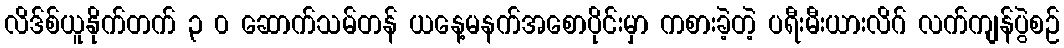
လိဒ်စ်ယူနိုက်တက် ၃ ၀ ဆောက်သမ်တန် ယနေ့မနက်အစောပိုင်းမှာ ကစားခဲ့တဲ့ ပရီးမီးယားလိဂ် လက်ကျန်ပွဲစဉ်